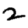
Digit: 2